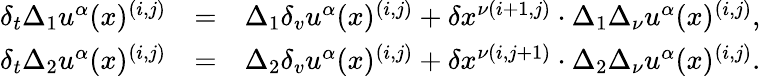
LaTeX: \begin{array}{crl}{{\delta_{t}\Delta_{1}u^{\alpha}(x)^{(i,j)}}}&{{=}}&{{\Delta_{1}\delta_{v}u^{\alpha}(x)^{(i,j)}+\delta x^{\nu(i+1,j)}\cdot\Delta_{1}\Delta_{\nu}u^{\alpha}(x)^{(i,j)},}}\\ {{\delta_{t}\Delta_{2}u^{\alpha}(x)^{(i,j)}}}&{{=}}&{{\Delta_{2}\delta_{v}u^{\alpha}(x)^{(i,j)}+\delta x^{\nu(i,j+1)}\cdot\Delta_{2}\Delta_{\nu}u^{\alpha}(x)^{(i,j)}.}}\end{array}